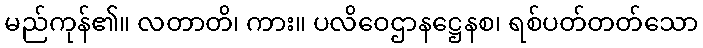
မည်ကုန်၏။ လတာတိ၊ ကား။ ပလိဝေဌာနဋ္ဌေနစ၊ ရစ်ပတ်တတ်သော